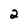
Character: 2